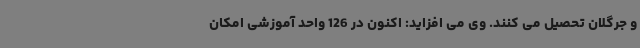
و جرگلان تحصیل می کنند. وی می افزاید: اکنون در 126 واحد آموزشی امکان